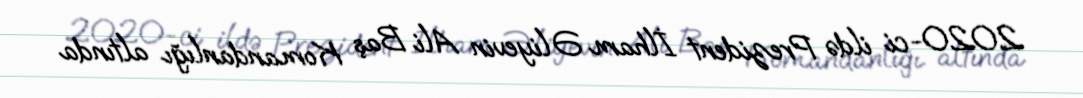
2020-ci ildə Prezident İlham Əliyevin Ali Baş Komandanlığı altında